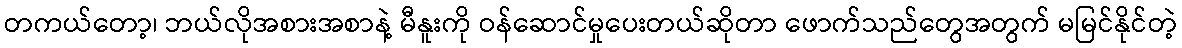
တကယ်တော့၊ ဘယ်လိုအစားအစာနဲ့ မီနူးကို ဝန်ဆောင်မှုပေးတယ်ဆိုတာ ဖောက်သည်တွေအတွက် မမြင်နိုင်တဲ့